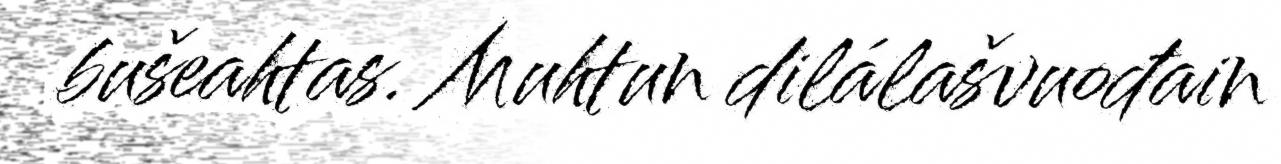
bušeahtas. Muhtun dilálašvuođain